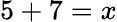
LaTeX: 5+7=x